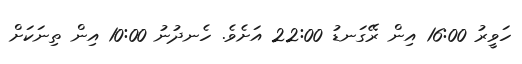
ހަވީރު 16:00 އިން ރޭގަނޑު 22:00 އަށެވެ. ހެނދުނު 10:00 އިން ތިނަކަށް